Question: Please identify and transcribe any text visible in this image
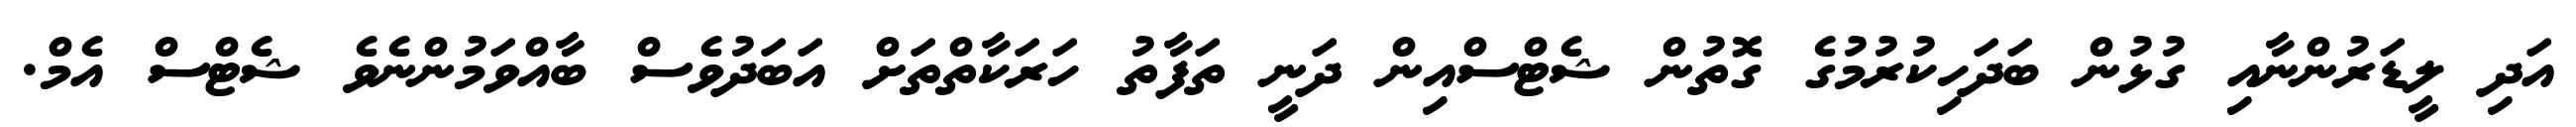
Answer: އަދި ލީޑަރުންނާއި ގުޅުން ބަދަހިކުރުމުގެ ގޮތުން ޝެޓްސްއިން ދަނީ ތަފާތު ހަރަކާތްތަށް އަބަދުވެސް ބާއްވަމުންނެވެ ޝެޓްސް އެމް.